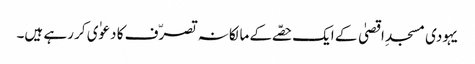
یہودی مسجدِ اقصیٰ کے ایک حصّے کے مالکانہ تصرّف کا دعوٰی کر رہے ہیں۔